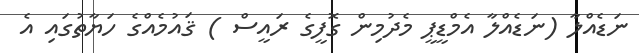
ނަޑެއްލާ (ނަޑެއްލާ އެމްޑީޕީ މެދުމިން ގޮފީގެ ރައީސް ) ޤައުމެއްގެ ހަޔާތުގައި އެ